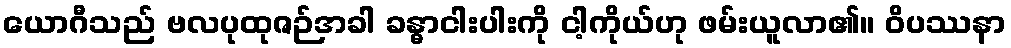
ယောဂီသည် ဗလပုထုဇဉ်အခါ ခန္ဓာငါးပါးကို ငါ့ကိုယ်ဟု ဖမ်းယူလာ၏။ ဝိပဿနာ